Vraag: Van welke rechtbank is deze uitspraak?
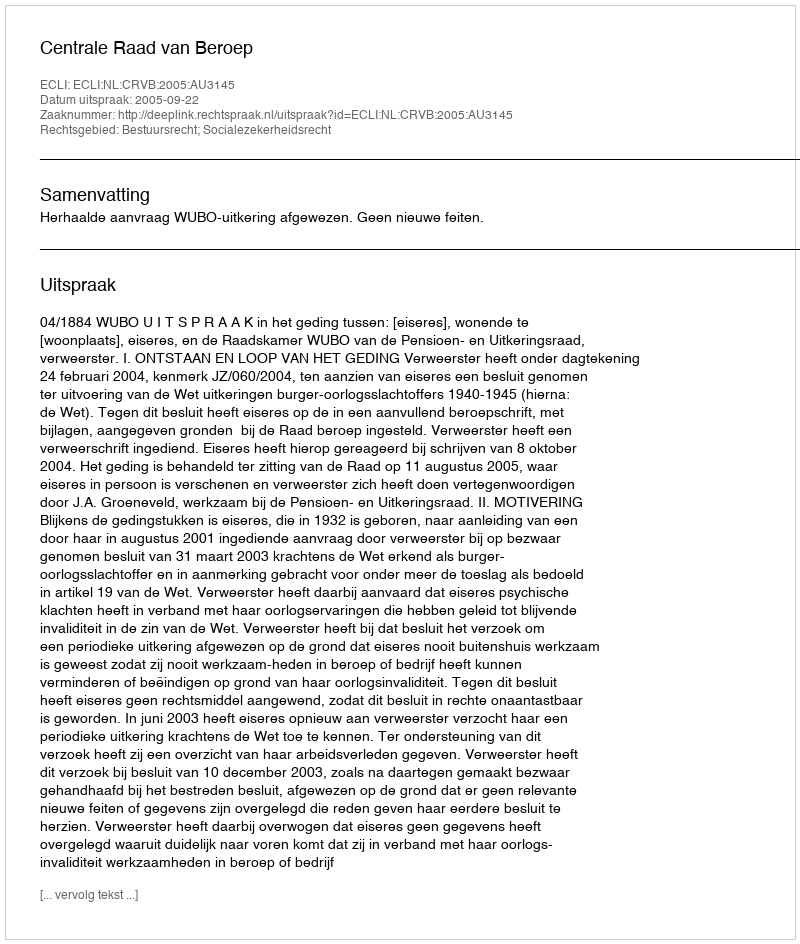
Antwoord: Centrale Raad van Beroep